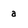
Character: a